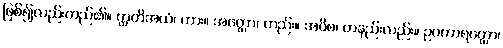
ဖြစ်၍လည်းတည်၏။ ဣတိအယံ၊ ကား။ အတ္ထော၊ တည်း။ အပိစ၊ တနည်းလည်း။ ဥပကာရတ္ထော၊